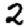
Digit: 2